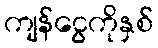
ကျန်ငွေကိုနှစ်